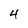
Character: 4